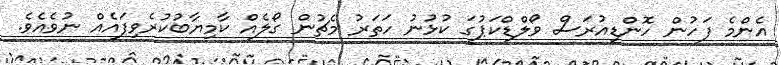
އެންމެ ފަހުން ހޮންޑިއުރަސް ވޯލްޑްކަޕުގަ ކުޅުނު ހަތަރު މެޗުން ގޯލެއް ކާމިޔާބުކުރެވިފައެއް ނުވެއެވެ.